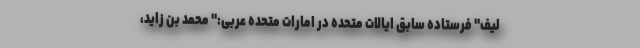
لیف" فرستاده سابق ایالات متحده در امارات متحده عربی:" محمد بن زاید،